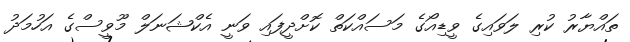
ތައްޔާރު ކުރި ލަވައިގެ ވީޑިއޯގެ މަސައްކަތް ކޮށްދީފައި ވަނީ އެކްޝަނަލް މޫވީސްގެ އަހުމަދު